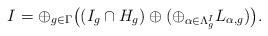
LaTeX: \begin{align*}I=\oplus_{g \in \Gamma}\big((I_{g}\cap H_{g})\oplus (\oplus_{\alpha \in \Lambda_{g}^{I}} L_{\alpha,g})\big).\end{align*}